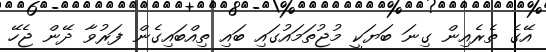
އޭގެ ތެރެއިން ގިނަ ބަޔަކީ މުޖުތަމައުގައި ބައި ތިއްބައިގެން ފަރުވާ ދޭން ޖެހޭ